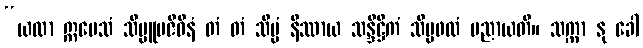
“ယထာ ဣမေသံ သိပ္ပူပဇီဝီနံ တံ တံ သိပ္ပံ နိဿာယ သန္ဒိဋ္ဌိကံ သိပ္ပဖလံ ပညာယတိ။ သက္ကာ နု ခေါ